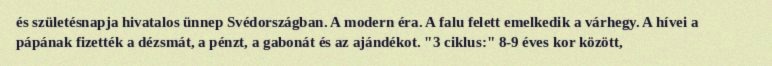
és születésnapja hivatalos ünnep Svédországban. A modern éra. A falu felett emelkedik a várhegy. A hívei a pápának fizették a dézsmát, a pénzt, a gabonát és az ajándékot. "3 ciklus:" 8-9 éves kor között,